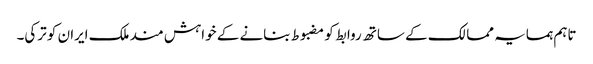
تاہم ہمسایہ ممالک کے ساتھ روابط کو مضبوط بنانے کے خواہش مند ملک ایران کو ترکی۔